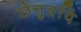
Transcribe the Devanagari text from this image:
छेत्तुवयि